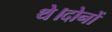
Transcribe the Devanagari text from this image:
थे।दोनों